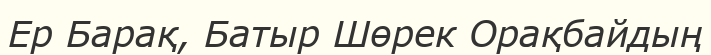
Ер Барақ, Батыр Шөрек Орақбайдың